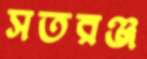
সতরঞ্জ